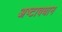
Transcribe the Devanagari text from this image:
अष्टावधान